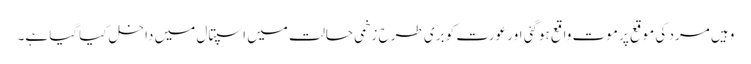
وہیں مرد کی موقع پر موت واقع ہوگئی اور عورت کو بری طرح زخمی حالت میں اسپتال میں داخل کیاگیا ہے۔